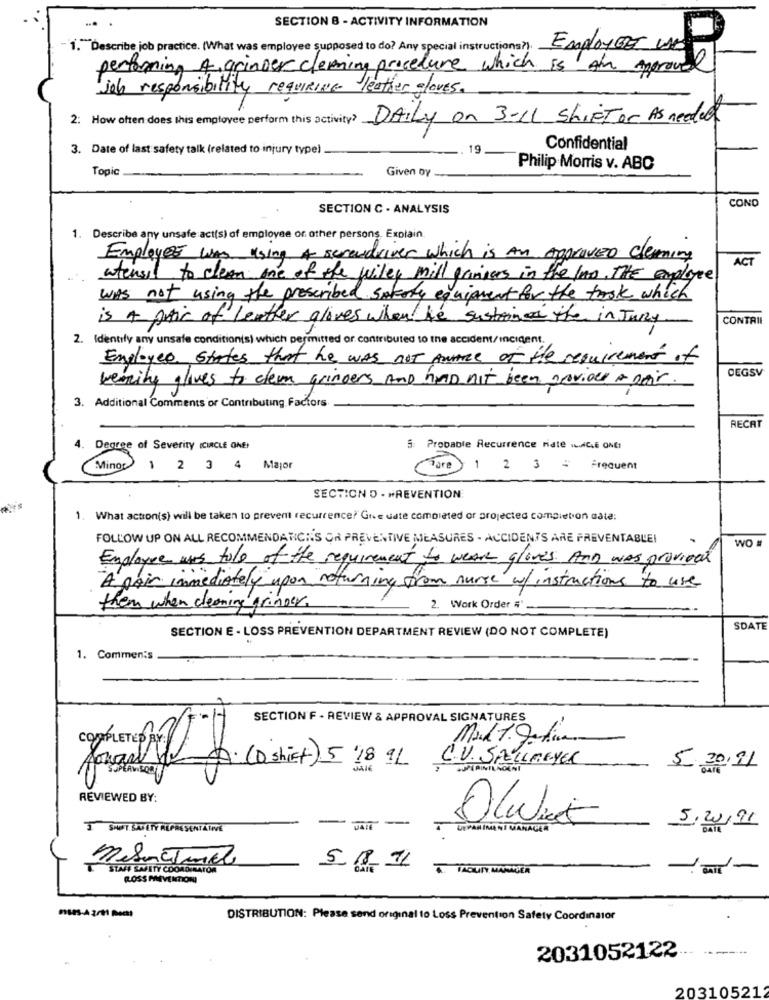
SECTION 8 - ACTIVITY INFORMATION
1. Describe job practice. [What was employee supposed to do? Any special instructions?) EmploYEE WE
performing 4 grinder cleaning procedure which is An approved
job responsibility requiRING leather gloves.
2: How often does this employee perform this activity? DAILY on 3-LL ShirTar As needed
3. Date of last safety talk (related to injury type)
19
Confidential
Topic
Given by
Philip Morris v. ABC
COND
SECTION C - ANALYSIS
1. Describe any unsafe act(s) of employee or other persons. Explain.
Employee was using A screwdriver which is An ApproVED Cleaning
ACT
whensil to clean one of the wiley mill prinses in the law. The employee
was not using the prescribed safety equipment for the took which
is A gic of Leather gloves when he sustained the in Jury
CONTRII
2. Identify any unsafe condition(s) which permitted or contributed to the accident/incident.
Employee states that he was not Annonce of the requirements of
DEGSV
wearing glives to elem grinders And had not been provided a pair.
3. Additional Comments or Contributing Factors.
RECAT
4. Degree of Severity (CIRCLE ONE!
5: Probable Recurrence male .G.E ONE
Minor
1 2 3 4
Major
Fare 1 2 3 =
Frequent
SECTION D - PREVENTION
1. What action(s) will be taken to prevent recurrence? Give date completed or projected completion date:
FOLLOW UP ON ALL RECOMMENDATION'S OR PREVENTIVE MEASURES . ACCIDENTS ARE PREVENTABLE!
WO
Employee was told of the requirement to wear gloves. And was provided
A pair immediately upon returning from nurse w/ instructions to use
them when cleaning grinder.
2. Work Order #'
SECTION E - LOSS PREVENTION DEPARTMENT REVIEW (DO NOT COMPLETE)
SDATE
1. Comments
SECTION'F - REVIEW & APPROVAL SIGNATURES
C.V. SAALLMEYER
SUPERINTENDENT
5.30/11
gamle a. (O shit) 5 '189L
REVIEWED BY:
Olwiek
3 SPORT. SAFETY REPRESENTATIVE
- --
UEFARIMANI MANAGER
5/20/91
STAR SANITY COMO
mesactual
HAOUIY MANAGER
---
ROSS MEVENTIONI
DISTRIBUTION: Please send original to Loss Prevention Safety Coordinator
2031052122
20310521